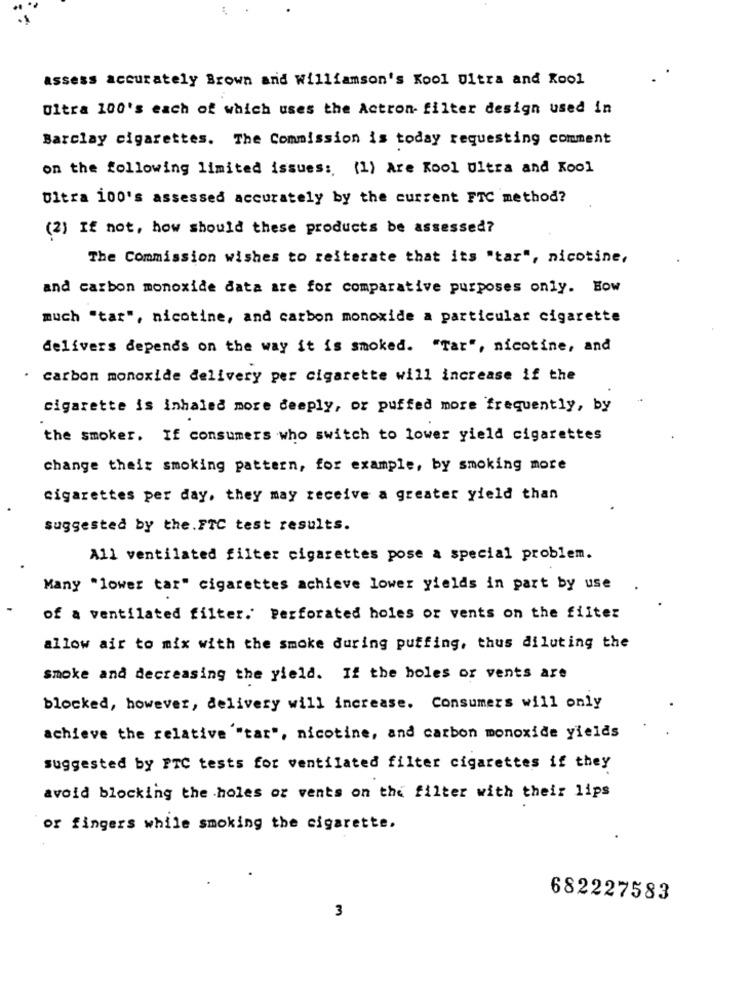
assess accurately Brown and Williamson's Kool Ultra and Kool
Ultra 100's each of which uses the Actron- filter design used in
Barclay cigarettes. The Commission is today requesting comment
on the following limited issues: (1) Are Kool Ultra and Kool
Ultra 100's assessed accurately by the current FTC method?
(2) If not, how should these products be assessed?
The Commission wishes to reiterate that its "tar", nicotine,
and carbon monoxide data are for comparative purposes only. Bow
much "tar", nicotine, and carbon monoxide a particular cigarette
delivers depends on the way it is smoked. "Tar", nicotine, and
carbon monoxide delivery per cigarette will increase if the
cigarette is inhaled more deeply, or puffed more frequently, by
the smoker. If consumers who switch to lower yield cigarettes
change their smoking pattern, for example, by smoking more
cigarettes per day, they may receive a greater yield than
suggested by the.FTC test results.
All ventilated filter cigarettes pose a special problem.
Many "lower tar" cigarettes achieve lower yields in part by use
of a ventilated filter. Perforated holes or vents on the filter
allow air to mix with the smoke during puffing, thus diluting the
smoke and decreasing the yield. If the boles or vents are
blocked, however, delivery will increase. Consumers will only
achieve the relative "tar", nicotine, and carbon monoxide yields
suggested by PTC tests for ventilated filter cigarettes if they
avoid blocking the holes or vents on the filter with their lips
or fingers while smoking the cigarette.
682227583
3